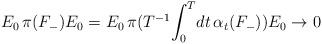
LaTeX: \begin{align*}E_0 \, \pi({F}_-) E_0 = E_0 \, \pi (\mbox{$T^{-1}$} \! \int_0^T \! dt \, \alpha_t (F_-)) E_0 \rightarrow 0 \end{align*}